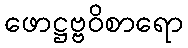
ဖောဋ္ဌဗ္ဗဝိစာရော